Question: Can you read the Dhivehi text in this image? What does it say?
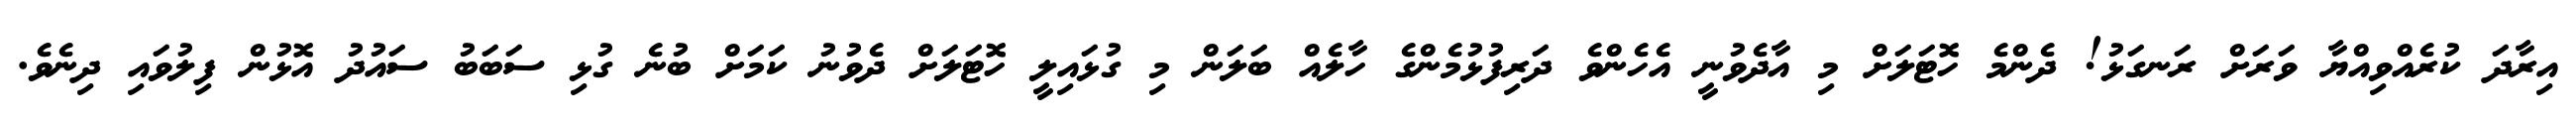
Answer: އިރާދަ ކުރެއްވިއްޔާ ވަރަށް ރަނގަޅު! ދެންމެ ހޮޓަލަށް މި އާދެވުނީ އެހެންވެ ދަރިފުޅުމެންގެ ހާލެއް ބަލަން މި ގުޅައިލީ ހޮޓަލަށް ދެވުނު ކަމަށް ބުނެ ގުޅި ސަބަބު ސައުދު އޮޅުން ފިލުވައި ދިނެވެ.